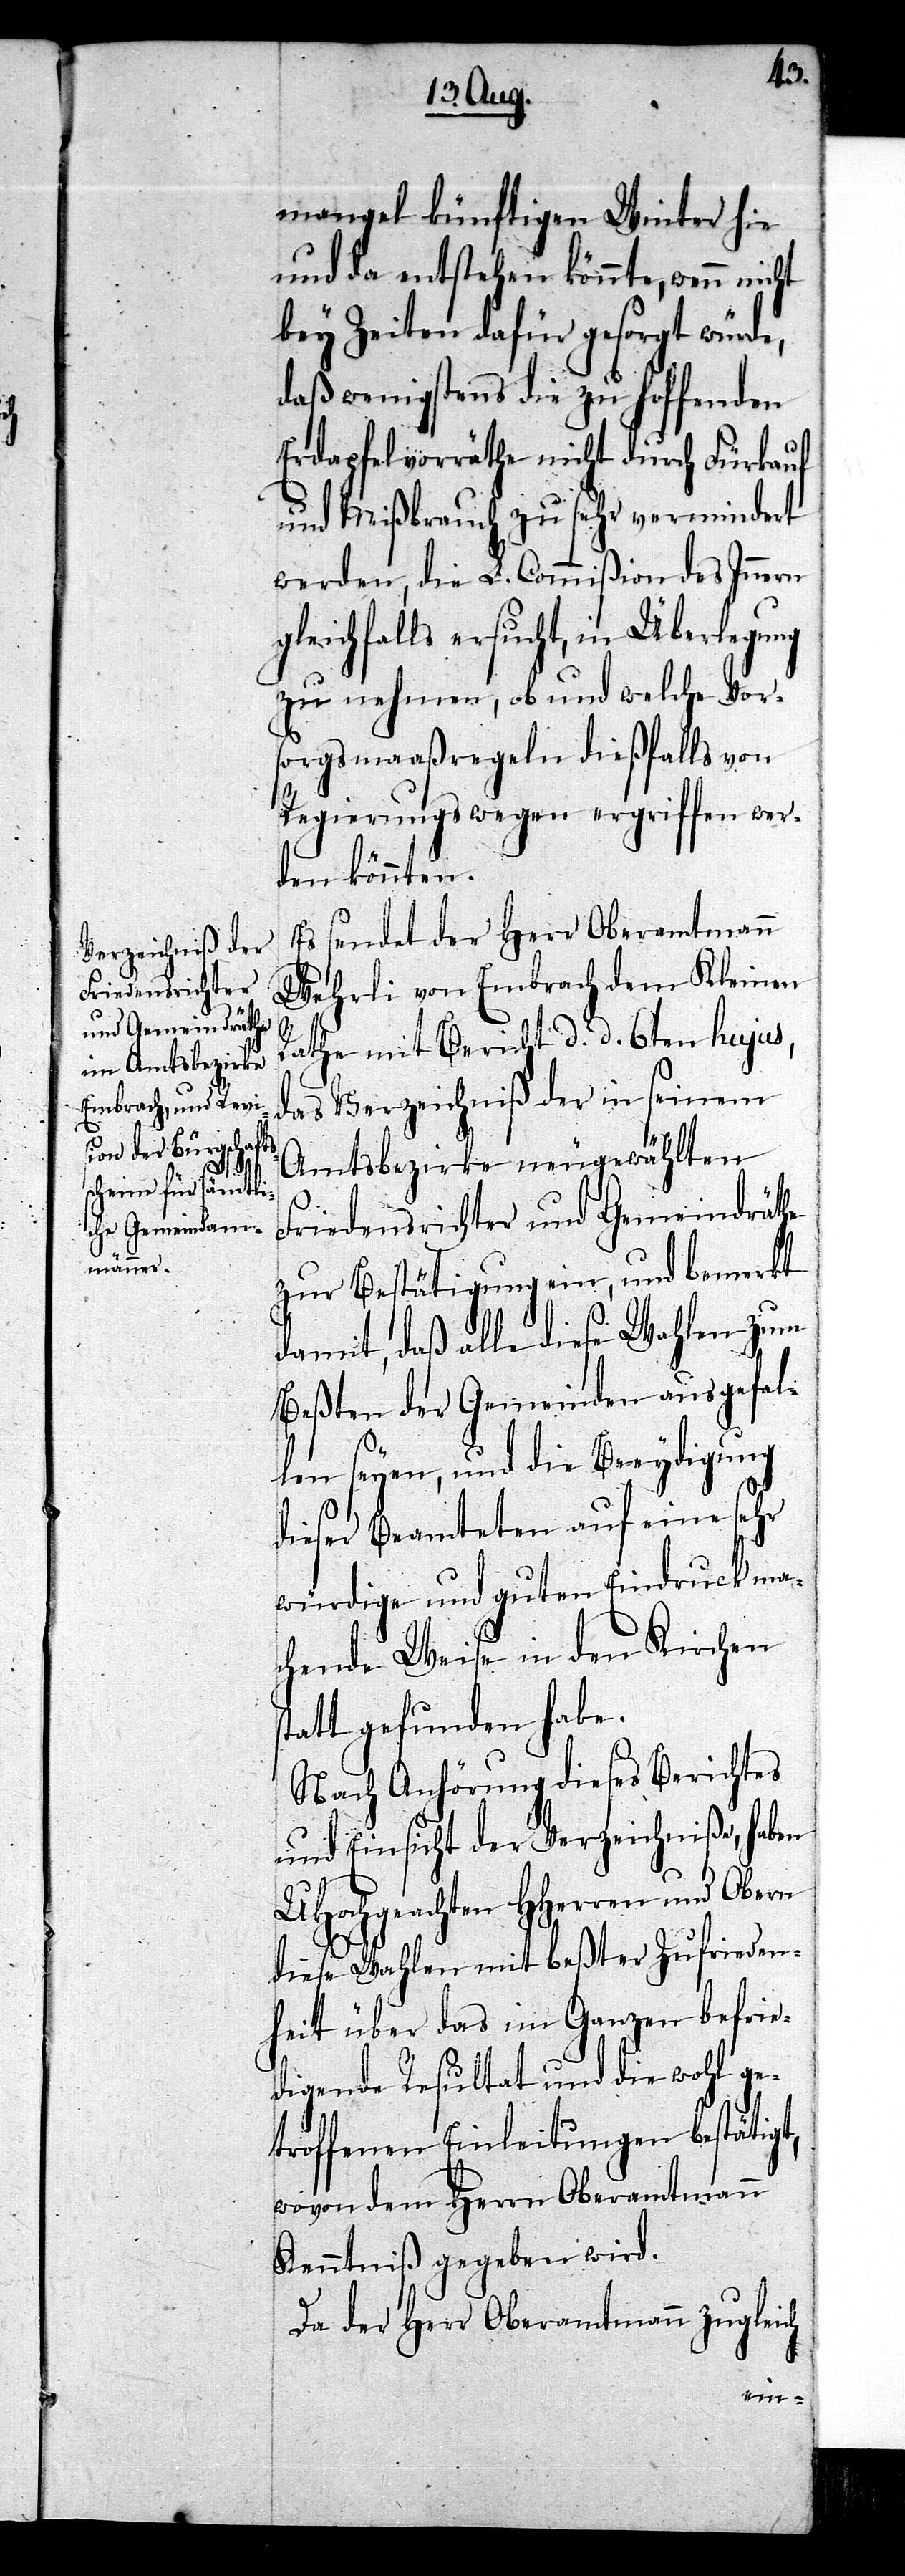
mangel künftigen Winter hie
und da entstehen könnte, wenn nicht
bey Zeiten dafür gesorgt würde,
daß wenigstens die zu hoffenden
Erdapfelvorräthe nicht durch Fürkauf
und Mißbrauch zu sehr vermindert
werden, die L. Commißion des Innern
gleichfalls ersucht, in Überlegung
zu nehmen, ob und welche Vor¬
sorgsmaaßregeln dießfalls von
Regierungs wegen ergriffen wer¬
den könnten.
Es sendet der Herr Oberamtmann
Wehrli von Embrach dem Kleinen
Rathe mit Bericht d. d. 6ten hujus,
das Verzeichniß der in seinem
Amtsbezirke neugewählten
s¬
Friedensrichter und Gemeindräthe
zur Bestätigung ein, und bemerkt
damit, daß alle diese Wahlen zum
Beßten der Gemeinden ausgefal¬
len seyen, und die Beeydigung
dieser Beamteten auf eine sehr
würdige und guten Eindruck ma¬
chende Weise in den Kirchen
tatt gefunden habe.
Nach Anhörung dieses Berichtes
und Einsicht der Verzeichniße, haben
UHochgeachten HHerren und Obern
diese Wahlen mit beßter Zufrieden¬
heit über das im Ganzen befrie¬
digende Resultat und die wohl ge¬
troffenen Einleitungen bestätigt,
wovon dem Herrn Oberamtmann
Kenntniß gegeben wird.
Da der Herr Oberamtmann zugleich